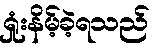
ရှုံးနိမ့်ခဲ့ရသည်